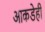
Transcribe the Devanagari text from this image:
आकडेही